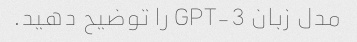
مدل زبان GPT-3 را توضیح دهید.